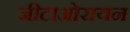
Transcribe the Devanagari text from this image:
जीटाओरायन